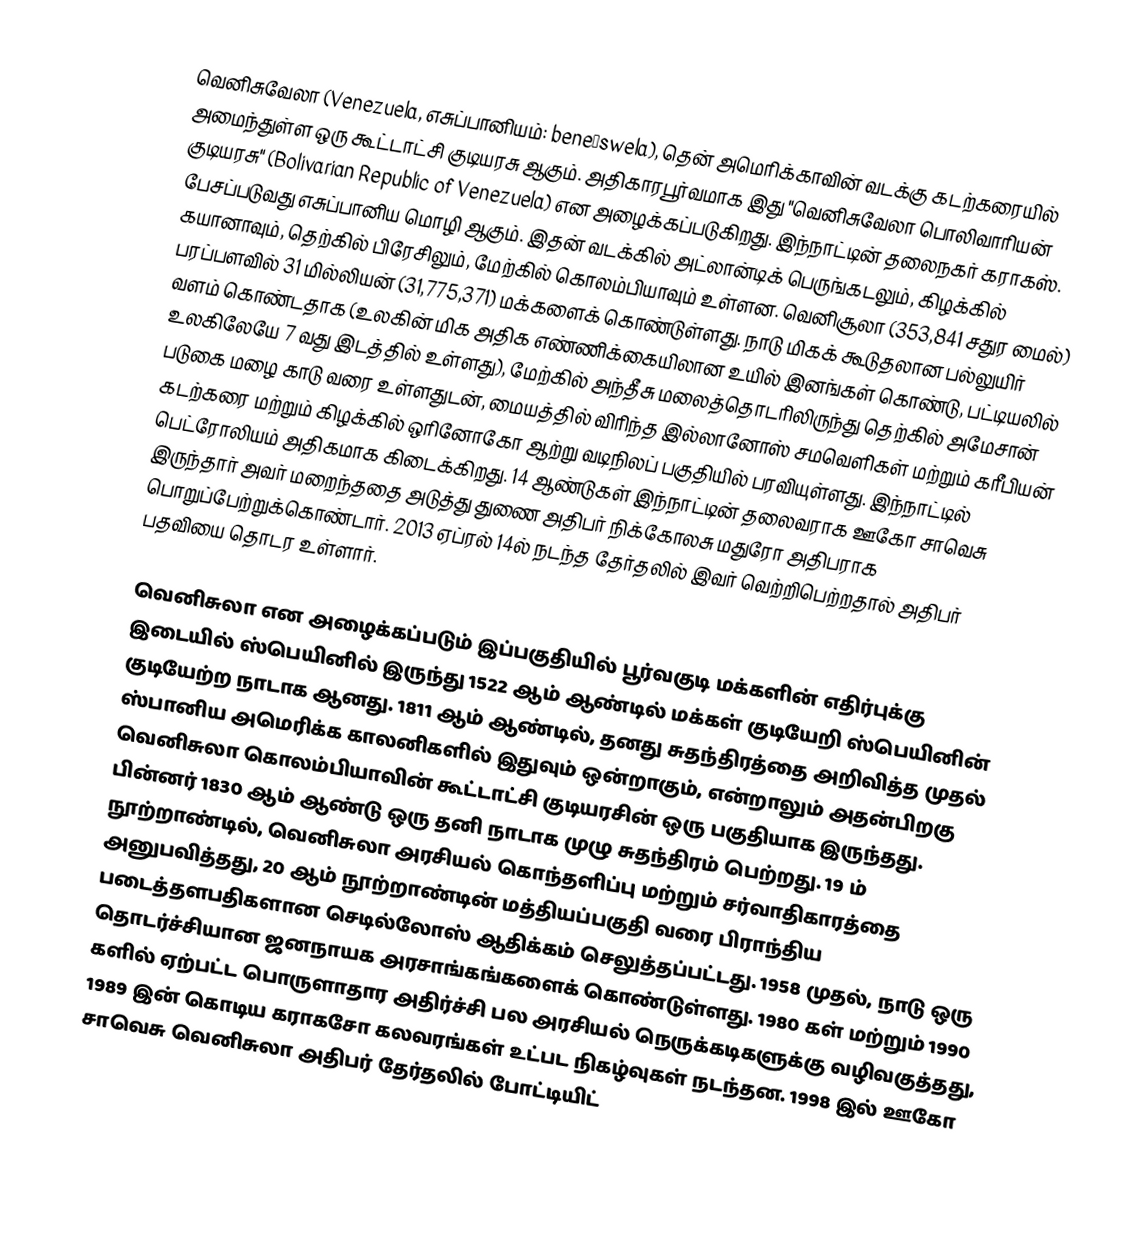
வெனிசுவேலா (Venezuela, எசுப்பானியம்: beneˈswela), தென் அமெரிக்காவின்  வடக்கு கடற்கரையில் அமைந்துள்ள ஒரு கூட்டாட்சி குடியரசு ஆகும். அதிகாரபூர்வமாக இது "வெனிசுவேலா பொலிவாரியன் குடியரசு" (Bolivarian Republic of Venezuela) என அழைக்கப்படுகிறது. இந்நாட்டின் தலைநகர் கராகஸ். பேசப்படுவது எசுப்பானிய மொழி ஆகும். இதன் வடக்கில் அட்லான்டிக் பெருங்கடலும், கிழக்கில் கயானாவும், தெற்கில் பிரேசிலும், மேற்கில் கொலம்பியாவும் உள்ளன. வெனிசூலா  (353,841 சதுர மைல்) பரப்பளவில் 31 மில்லியன் (31,775,371) மக்களைக் கொண்டுள்ளது. நாடு மிகக் கூடுதலான பல்லுயிர் வளம் கொண்டதாக (உலகின் மிக அதிக எண்ணிக்கையிலான உயில் இனங்கள் கொண்டு, பட்டியலில் உலகிலேயே 7 வது இடத்தில் உள்ளது),  மேற்கில் அந்தீசு மலைத்தொடரிலிருந்து தெற்கில் அமேசான் படுகை மழை காடு வரை உள்ளதுடன், மையத்தில் விரிந்த இல்லானோஸ் சமவெளிகள் மற்றும் கரீபியன் கடற்கரை மற்றும் கிழக்கில் ஒரினோகோ ஆற்று வடிநிலப் பகுதியில்  பரவியுள்ளது. இந்நாட்டில் பெட்ரோலியம் அதிகமாக கிடைக்கிறது. 14 ஆண்டுகள் இந்நாட்டின் தலைவராக ஊகோ சாவெசு இருந்தார் அவர் மறைந்ததை அடுத்து துணை அதிபர் நிக்கோலசு மதுரோ அதிபராக பொறுப்பேற்றுக்கொண்டார். 2013 ஏப்ரல் 14ல் நடந்த தேர்தலில் இவர் வெற்றிபெற்றதால் அதிபர் பதவியை தொடர உள்ளார்.

வெனிசுலா என அழைக்கப்படும் இப்பகுதியில் பூர்வகுடி மக்களின் எதிர்புக்கு இடையில் ஸ்பெயினில் இருந்து 1522 ஆம் ஆண்டில் மக்கள் குடியேறி ஸ்பெயினின் குடியேற்ற நாடாக ஆனது. 1811 ஆம் ஆண்டில், தனது சுதந்திரத்தை அறிவித்த முதல் ஸ்பானிய அமெரிக்க காலனிகளில் இதுவும் ஒன்றாகும், என்றாலும்  அதன்பிறகு வெனிசுலா கொலம்பியாவின் கூட்டாட்சி குடியரசின் ஒரு பகுதியாக இருந்தது. பின்னர் 1830 ஆம் ஆண்டு ஒரு தனி நாடாக முழு சுதந்திரம் பெற்றது. 19 ம் நூற்றாண்டில், வெனிசுலா அரசியல் கொந்தளிப்பு மற்றும் சர்வாதிகாரத்தை அனுபவித்தது, 20 ஆம் நூற்றாண்டின் மத்தியப்பகுதி வரை பிராந்திய படைத்தளபதிகளான செடில்லோஸ்  ஆதிக்கம் செலுத்தப்பட்டது. 1958 முதல், நாடு ஒரு தொடர்ச்சியான ஜனநாயக அரசாங்கங்களைக் கொண்டுள்ளது. 1980 கள் மற்றும் 1990 களில் ஏற்பட்ட பொருளாதார அதிர்ச்சி பல அரசியல் நெருக்கடிகளுக்கு வழிவகுத்தது,   1989 இன் கொடிய கராகசோ கலவரங்கள் உட்பட நிகழ்வுகள் நடந்தன. 1998 இல் ஊகோ சாவெசு வெனிசுலா அதிபர் தேர்தலில் போட்டியிட்